Vaccination in the Punjab 1867-1880 - 1867-1880
Year: 1867
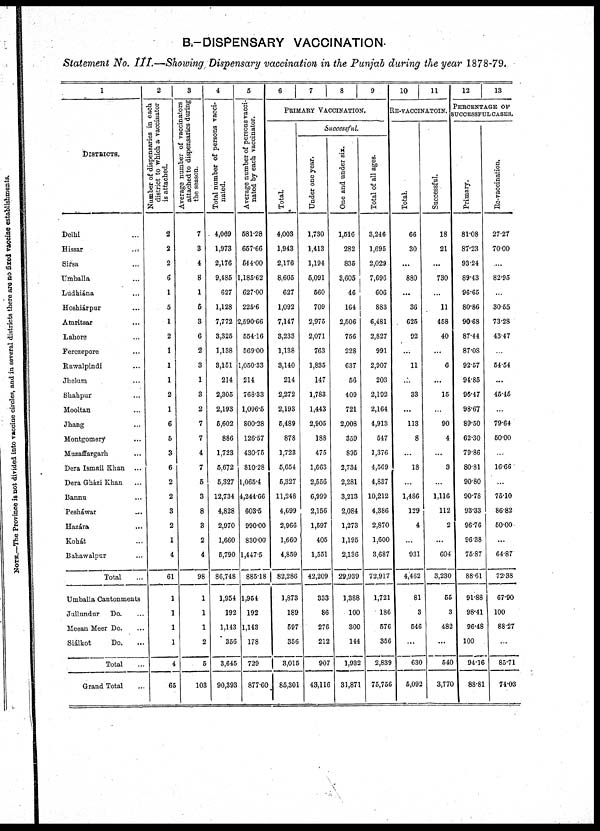
B.—DISPENSARY VACCINATION.
Statement No. III.—Showing Dispensary vaccination in the Punjab during the year 1878-79.
1
DISTRICTS.
Delhi ...
Hissar
...
Sirsa ...
Umballa ...
Ludhiána ...
Hoshiárpur ...
Amritsar ...
Lahore ...
Ferozepore ...
Rawalpindi ...
Jhelum ...
Shahpur ...
Mooltan ...
Jhang ...
Montgomery ...
Mozaffargarh ...
Dera Ismail Khan ...
Dera Gházi Khan ...
Bannu ...
Pesháwar ...
Hazára ...
Kohát ...
Bahawalpur ...
Total ...
Umballa Cantonments
Jullundur
Do. ...
Meean Meer Do. ...
Siálkot
Do. ...
Total ...
Grand Total ...
2
Number of dispensaries in each
district to which a vaccinator
is attached.
2
2
2
6
1
5
1
2
1
1
1
2
1
6
5
3
6
2
2
3
2
1
4
61
1
1
1
1
4
65
3
Average number of vaccinators
attached to dispensaries during
the season.
7
3
4
8
1
5
3
6
2
3
1
3
2
7
7
4
7
5
3
8
3
2
4
98
1
1
1
2
5
103
4
Total number of persons vacci-
nated.
4,069
1,973
2,176
9,485
627
1,128
7,772
3,325
1,138
3,151
214
2,305
2,193
5,602
886
1,723
5,672
5,327
12,734
4,828
2,970
1,660
5,790
86,748
1,954
192
1,143
356
3,645
90,393
5
Average number of persons vacci-
nated by each vaccinator.
581.28
657.66
544.00
1,185.62
627.00
225.6
2,590.00
554.16
569.00
1,050.33
214
768.33
1,096.5
800.28
126.57
430.75
810.28
1,065.4
4,244.66
603.5
990.00
830.00
1,447.5
885.18
1,954
192
1,143
178
729
877.60
6
7
8
9
PRIMARY VACCINATION.
Total.
4,003
1,943
2,176
8,605
627
1,092
7,147
3,233
1,138
3,140
214
2,272
2,193
5,489
878
1,723
5,654
5,327
11,248
4,699
2,966
1,660
4,859
82,286
1,873
189
597
356
3,015
85,301
Successful.
Under one year.
1,730
1,413
1,194
5,091
560
709
2,975
2,071
763
1,835
147
1,783
1,443
2,905
188
475
1,663
2,556
6,999
2,156
1,597
405
1,551
42,209
333
86
276
212
907
43,116
One and under six.
1,516
282
835
3,605
46
164
2,506
756
228
637
56
409
721
2,008
359
895
2,734
2,281
3,213
2,084
1,273
1,195
2,136
29,939
1,388
100
300
144
1,932
31,871
Total of all ages.
3,246
1,695
2,029
7,696
606
883
6,461
2,827
991
2,907
203
2,192
2,164
4,913
547
1,376
4,569
4,837
10,212
4,386
2,870
1,600
3,687
72,917
1,721
186
576
356
2,839
75,756
10
11
RE-VACCINATOIN.
Total.
66
30
...
880
...
36
625
92
...
11
...
33
...
113
8
...
18
...
1,486
129
4
...
931
4,462
81
3
546
...
630
5,092
Successful.
18
21
...
730
...
11
458
40
...
6
...
15
...
90
4
...
3
...
1,116
112
2
...
604
3,230
55
3
482
...
540
3,770
12
13
PERCENTAGE OF
SUCCESSFUL CASES.
Primary.
81.08
87.23
93.24
89.43
96.65
80.86
90.68
87.44
87.08
92.57
94.85
95.47
98.67
89.50
62.30
79.86
80.81
90.80
90.78
93.33
96.76
96.38
75.87
88.61
91.88
98.41
96.48
100
94.16
88.81
Re-vaccination.
27.27
70.00
...
82.95
...
30.55
73.28
43.47
...
54.54
...
45.45
...
79.64
50.00
...
16.66
...
75.10
86.82
50.00
...
64.87
72.38
67.90
100
88.27
...
85.71
74.03